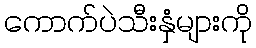
ကောက်ပဲသီးနှံများကို